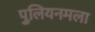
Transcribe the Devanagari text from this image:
पुलियनमला